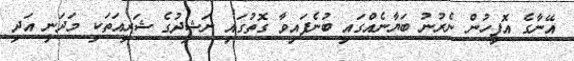
އޭނާގެ އޮފީހުން ނެރުނު ބަޔާނެއްގައި ބުނެފައިވާ ގޮތުގައި ނަޝީދުގެ ޝަރީއަތަކީ މަދަނީ އަދި